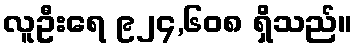
လူဦးရေ ၉၂၄,၆၀၈ ရှိသည်။